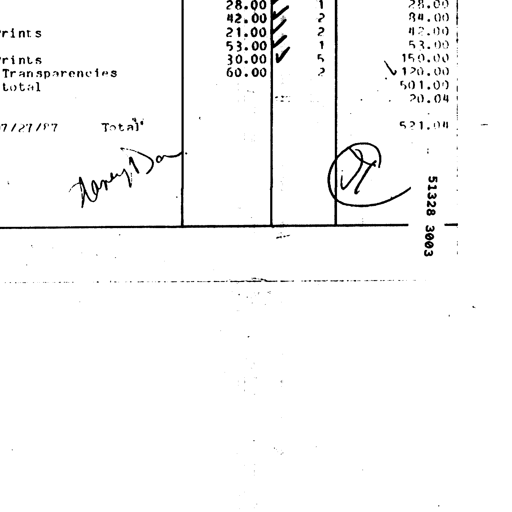
Transcript:
prints
prints
Transparencies
total
28.00 ✓ 1 28.00
42.00 ✓ 2 84.00
21.00 ✓ 2 42.00
53.00 ✓ 1 53.00
30.00 ✓ 5 150.00
60.00 2 ✓ 120.00
501.00
20.04
7/27/87 Total 521.04
Nancy Dan DT 51328 3003